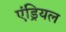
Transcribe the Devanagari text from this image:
एंड्रियल